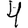
Digit: 4